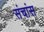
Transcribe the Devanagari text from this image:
संचांस